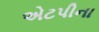
એટપીના